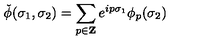
\check { \phi } ( \sigma _ { 1 } , \sigma _ { 2 } ) = \sum _ { p \in { \bf Z } } e ^ { i p \sigma _ { 1 } } \phi _ { p } ( \sigma _ { 2 } )